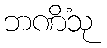
ဘဏိံသု